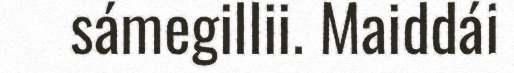
sámegillii. Maiddái